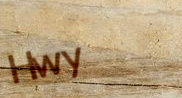
Hwy